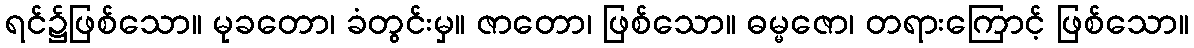
ရင်၌ဖြစ်သော။ မုခတော၊ ခံတွင်းမှ။ ဇာတော၊ ဖြစ်သော။ ဓမ္မဇော၊ တရားကြောင့် ဖြစ်သော။